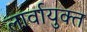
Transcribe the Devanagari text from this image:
लार्वायुक्त